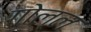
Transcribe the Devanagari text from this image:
गोल्ल